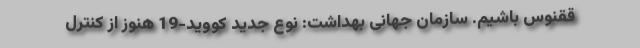
ققنوس باشیم. سازمان جهانی بهداشت: نوع جدید کووید-19 هنوز از کنترل